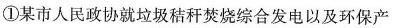
①某市人民政协就垃圾秸秆焚烧综合发电以及环保产